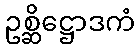
ဥစ္ဆိဋ္ဌောဒကံ